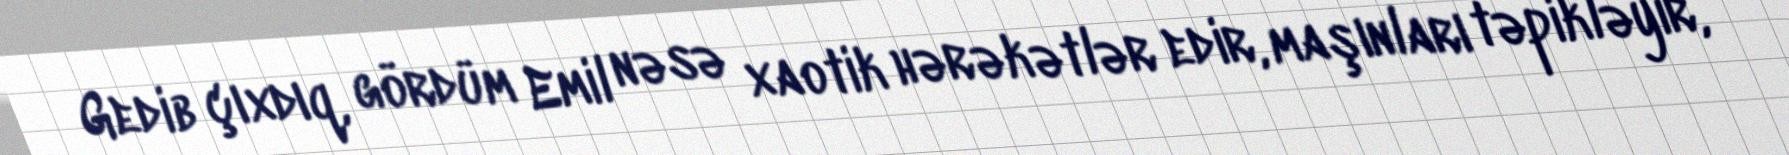
Gedib çıxdıq, gördüm Emil nəsə xaotik hərəkətlər edir, maşınları təpikləyir,